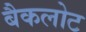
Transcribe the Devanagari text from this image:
बैकलोट